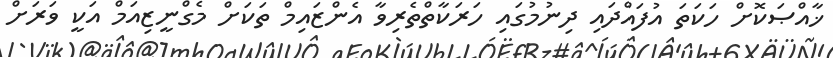
ޚާއްޞަކޮށް ހަކަތަ އުފައްދައި ދިނުމުގައި ހަރަކާތްތެރިވާ އެންޒައިމް ތަކަށް މެގްނީޒިއަމް އަކީ ވަރަށް